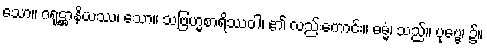
သော။ ဂရုဋ္ဌာနိယဿ၊ သော။ သဗြဟ္မစာရိဿဝါ၊ ၏ လည်းကောင်း။ ဓမ္မံ၊ သည်။ ပုဗ္ဗေ၊ ၌။